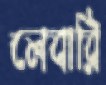
লেবারি